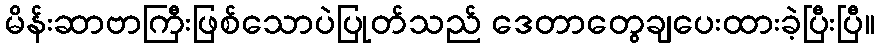
မိန်းဆာဗာကြီးဖြစ်သောပဲပြုတ်သည် ဒေတာတွေချပေးထားခဲ့ပြီးပြီ။